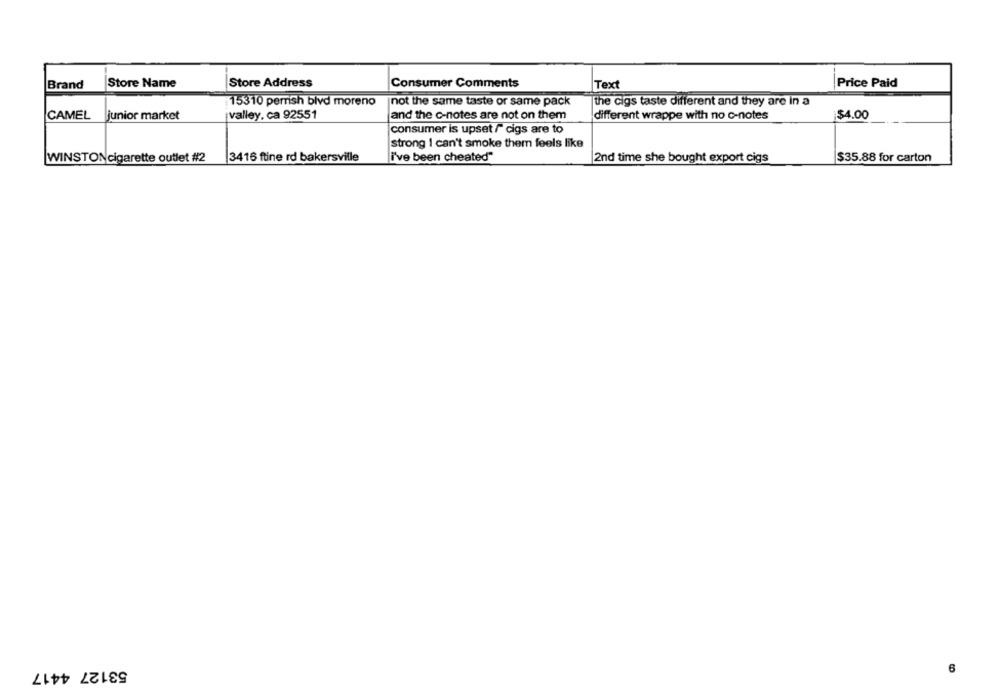
Store Name
Store Address
Brand
Consumer Comments
Text
Price Paid
:15310 perrsh blvd moreno
not the same taste or same pack
the cigs taste different and they are in a
CAMEL
junior market
valley. ca 92551
and the c-notes are not on them
different wrappe with no o-notes
$4.00
consumer is upset /" cigs are to
strong I can't smoke them feels like
WINSTON cigarette outlet #2
3416 ftine rd bakersville
i've been cheated"
2nd time she bought export cigs
$35.88 for carton
53127 4417
6